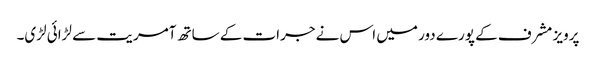
پرویز مشرف کے پورے دور میں اس نے جرات کے ساتھ آمریت سے لڑائی لڑی۔